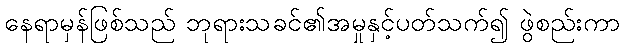
နေရာမှန်ဖြစ်သည် ဘုရားသခင်၏အမှုနှင့်ပတ်သက်၍ ဖွဲစည်းကာ